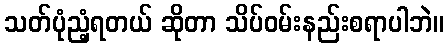
သတ်ပုံညံ့ရတယ် ဆိုတာ သိပ်ဝမ်းနည်းစရာပါဘဲ။